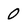
Character: 0